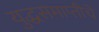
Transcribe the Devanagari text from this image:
युद्धसमाप्तीचे